Jaan_Tonisson_(Lasteleht), lk 122
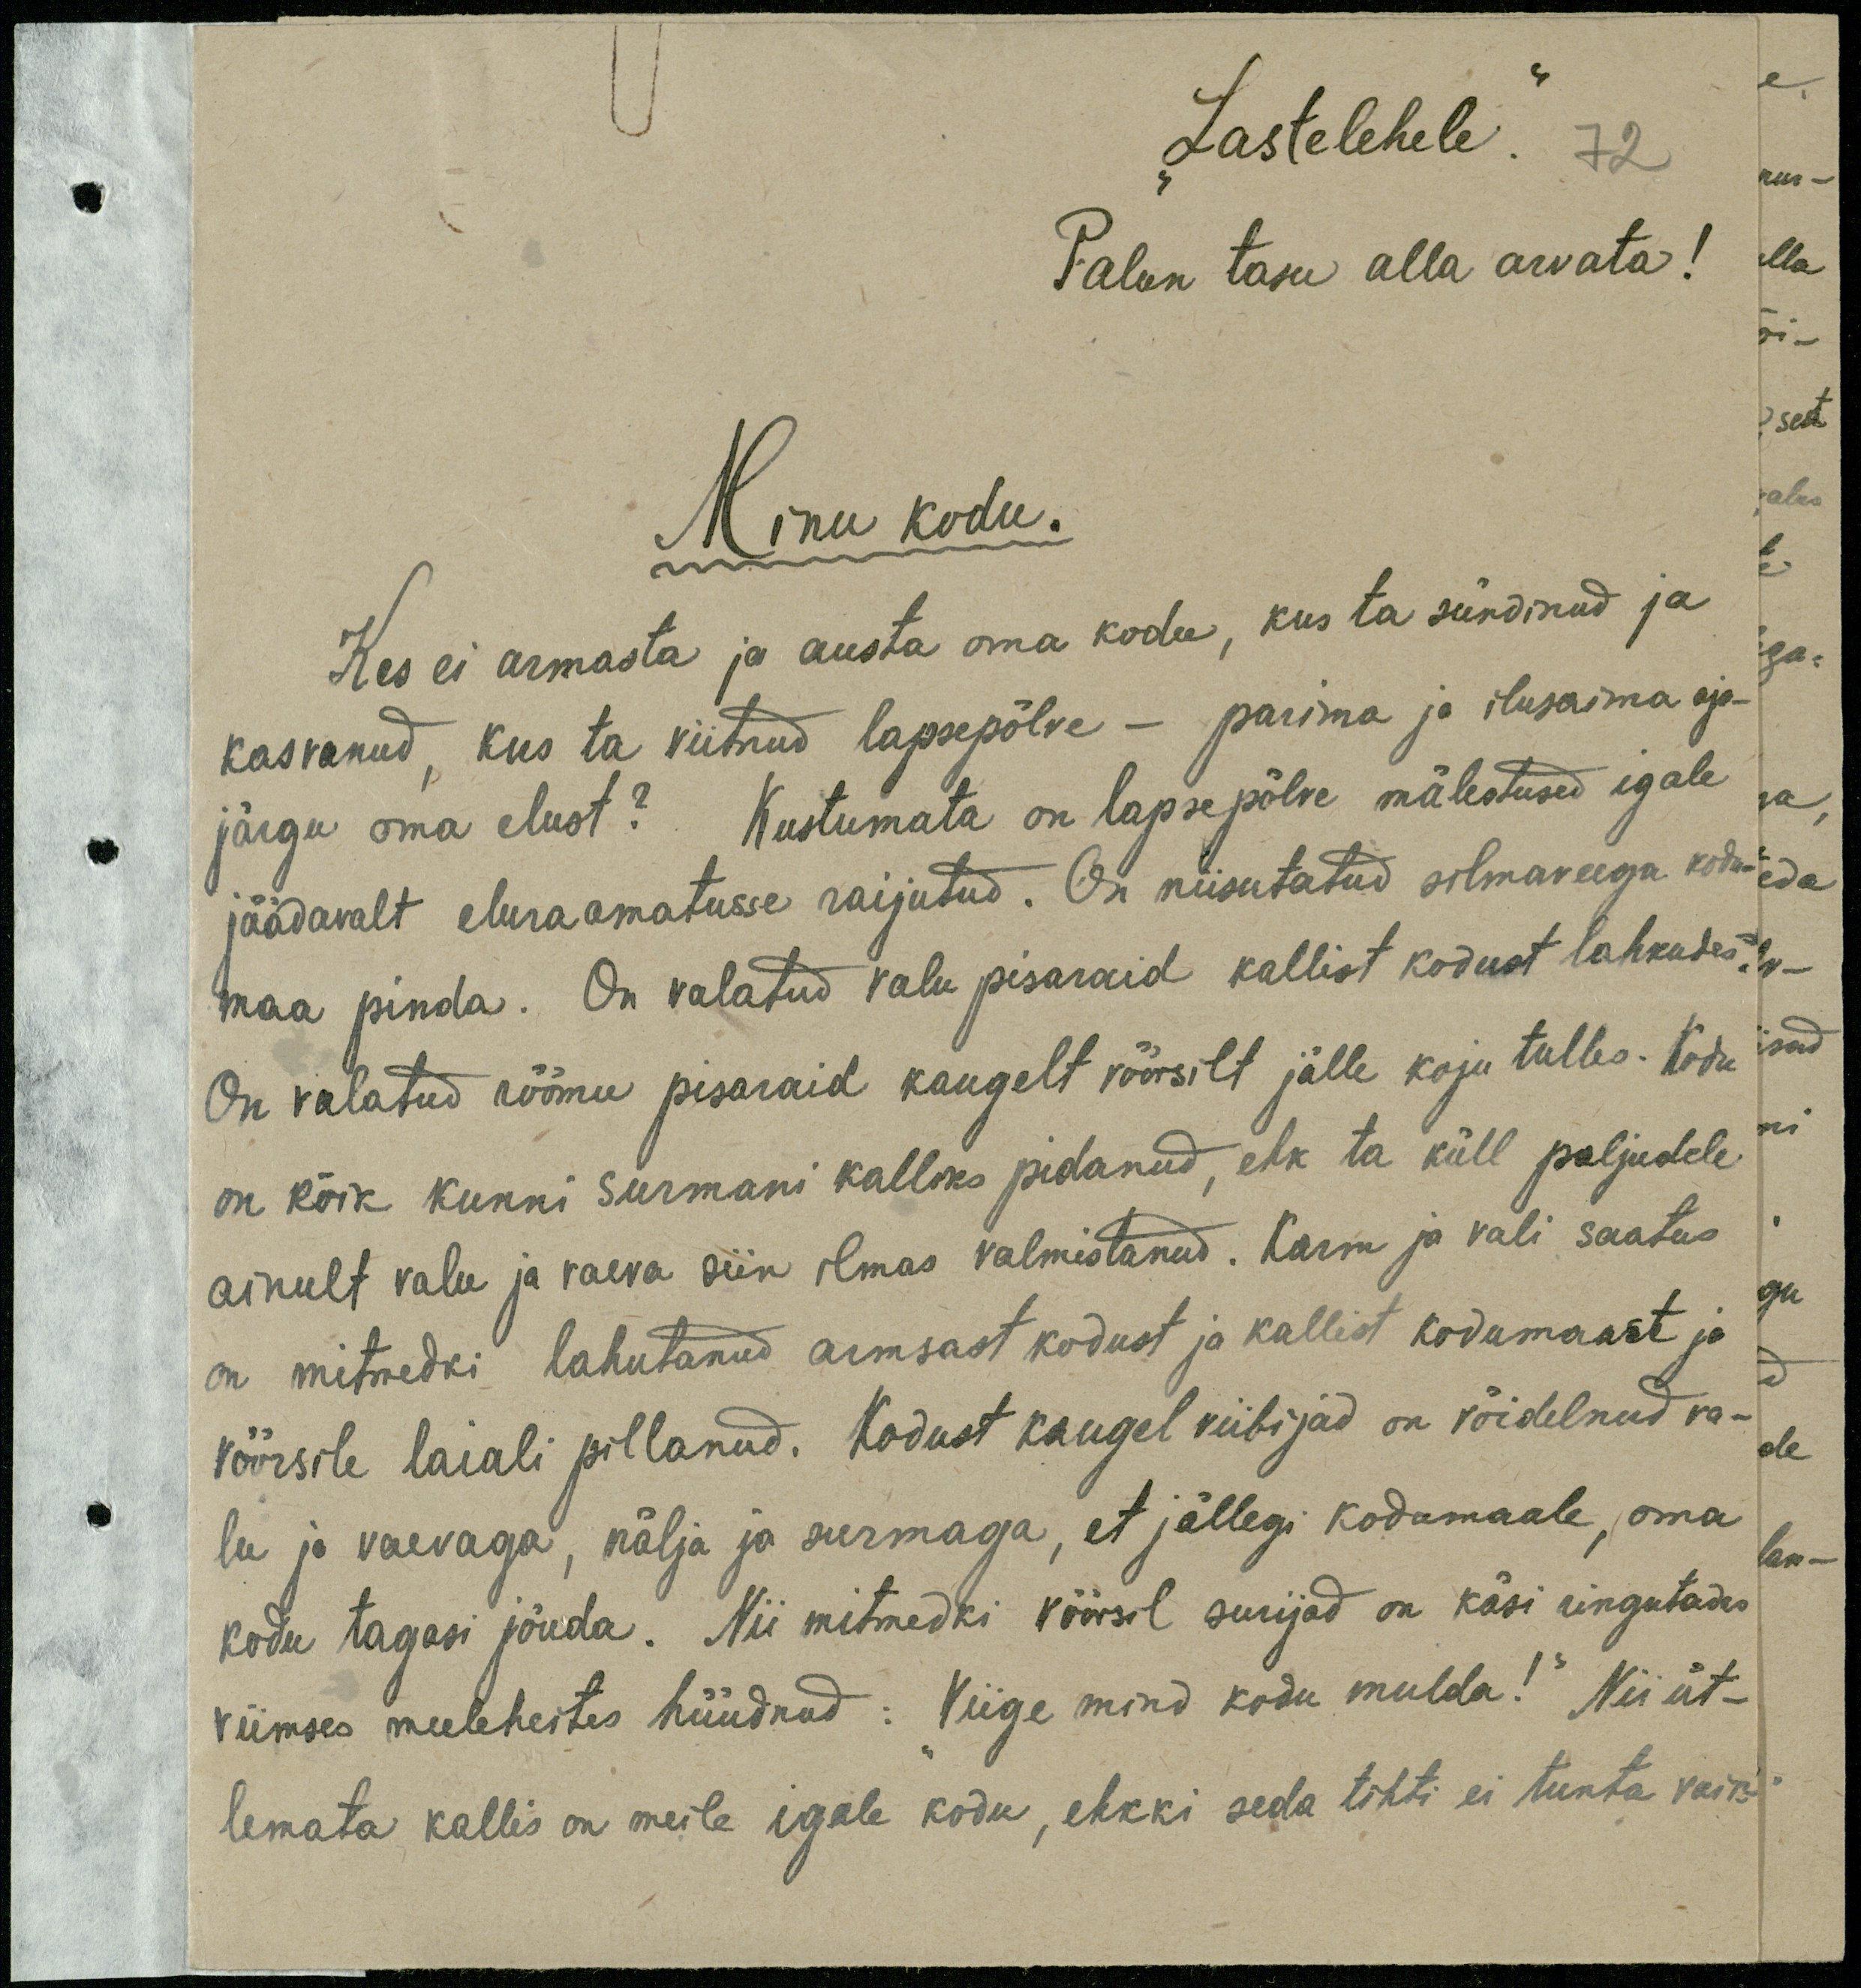
"Lastelehele".
72
Palun tasu alla arvata!
Minu kodu.
Kes ei armasta ja austa oma kodu, kus ta sündinud ja
kasvanud, kus ta viitnud lapsepõlve - parima ja ilusaima aja-
järgu oma elust? Kustumata on lapsepõlve mälestused igale
jäädavalt eluraamatusse raijutud. On niisutatud silmaveega kodu-
maa pinda. On valatud valu pisaraid kallist kodust lahkudes!
On valatud rõõmu pisaraid kaugelt võõrsilt jälle koju tulles. Kodu
on kõik kunni surmani kalliks pidanud, ehk ta küll paljudele
ainult valu ja vaeva siin ilmas valmistanud. Karm ja vali saatus
on mitmedki lahutanud armsast kodust ja kallist kodumaast ja
võõrsile laiali pillanud. Kodust kaugel viibijad on võidelnud va-
lu ja vaevaga, nälja ja surmaga, et jällegi kodumaale, oma
kodu tagasi jõuda. Nii mitmedki võõrsil surijad on käsi ringutades
viimses meeleheites hüüdnud: Viige mind kodu mulda!" Nii üt-
lemata kallis on meile igale kodu, ehkki seda tihti ei tunta vaik-